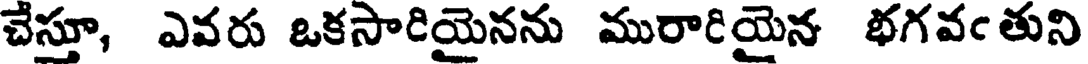
చేస్తూ, ఎవరు ఒకసారియైనను మురారియైన భగవఁతుని